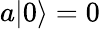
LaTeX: a|0\rangle=0